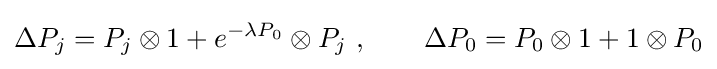
\Delta P_{j}=P_{j}\otimes 1+e^{-\lambda P_{0}}\otimes P_{j}~,\qquad \Delta P_{0}=P_{0}\otimes 1+1\otimes P_{0}